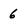
Character: 6